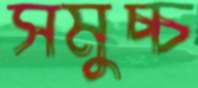
সমুচ্চ